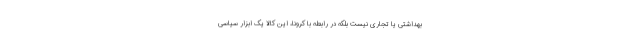
بهداشتی یا تجاری نیست بلکه در رابطه با کرونا، این کالا یک ابزار سیاسی